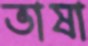
ভাষা